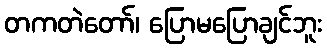
တကတဲတော်၊ ပြောမပြောချင်ဘူး